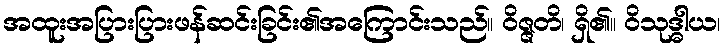
အထူးအပြားပြားဖန်ဆင်းခြင်း၏အကြောင်းသည်။ ဝိဇ္ဇတိ၊ ရှိ၏။ ဝိသုဒ္ဓါယ၊